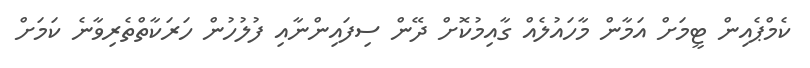
ކެމްޕެއިން ޓީމަށް އަމާން މާހައުލެއް ގާއިމުކޮށް ދޭން ސިފައިންނާއި ފުލުހުން ހަރަކާތްތެރިވާނެ ކަމަށް